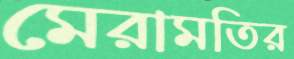
মেরামতির